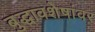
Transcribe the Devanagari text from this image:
बुद्धावशेषांवर